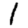
Digit: 1